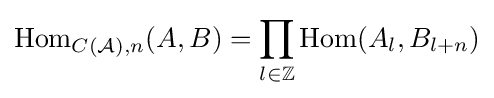
\mathrm {Hom} _{C({\mathcal {A}}),n}(A,B)=\prod _{l\in \mathbb {Z} }\mathrm {Hom} (A_{l},B_{l+n})